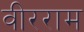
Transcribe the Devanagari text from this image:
वीरराम